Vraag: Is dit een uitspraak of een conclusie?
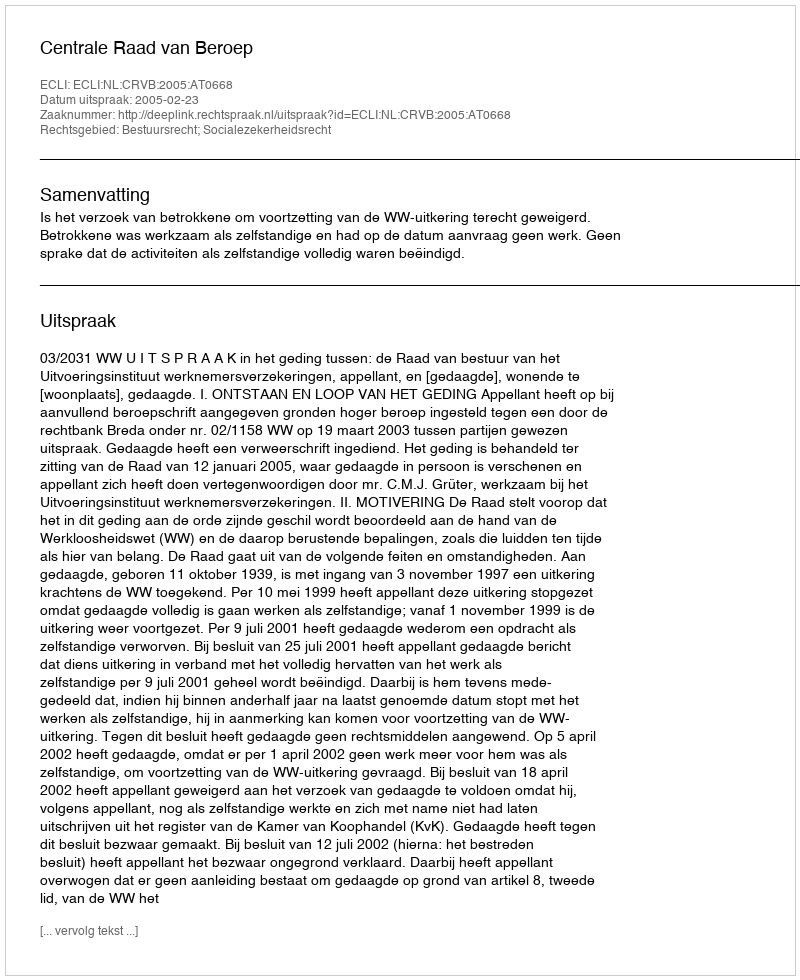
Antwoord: Uitspraak